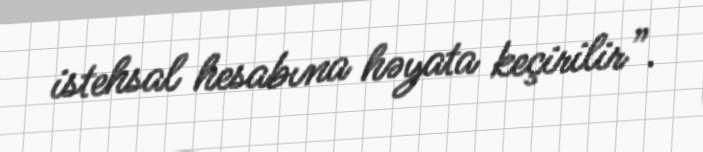
istehsal hesabına həyata keçirilir”.